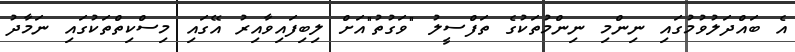
އެ ބައްދަލުވުމުގައި ނިންމި ނިންމުތަކުގެ ތަފްސީލު "ވަގުތު"އަށް ލިބިފައިވާއިރު އޭގައި މިސްކިތްތަކުގައި ނަމާދު